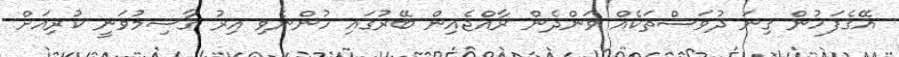
އޭގެފަހުން ގިނަ ދުވަސްތަކެއް ވަންދެން ރާއްޖެއިން ބޭރުގައި ހުންނެވި އިރު ގާސިމުވަނީ ކުރިއަށް